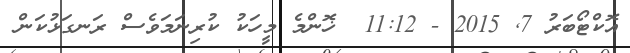
އޮކްޓޯބަރު 7